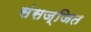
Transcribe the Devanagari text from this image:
संसज्जित